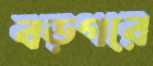
বড়গরে